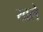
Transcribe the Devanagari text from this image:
खले